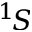
^ 1 \! S